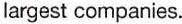
largest companies.